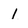
Character: I